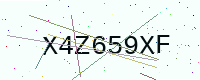
Text: X4Z659XF